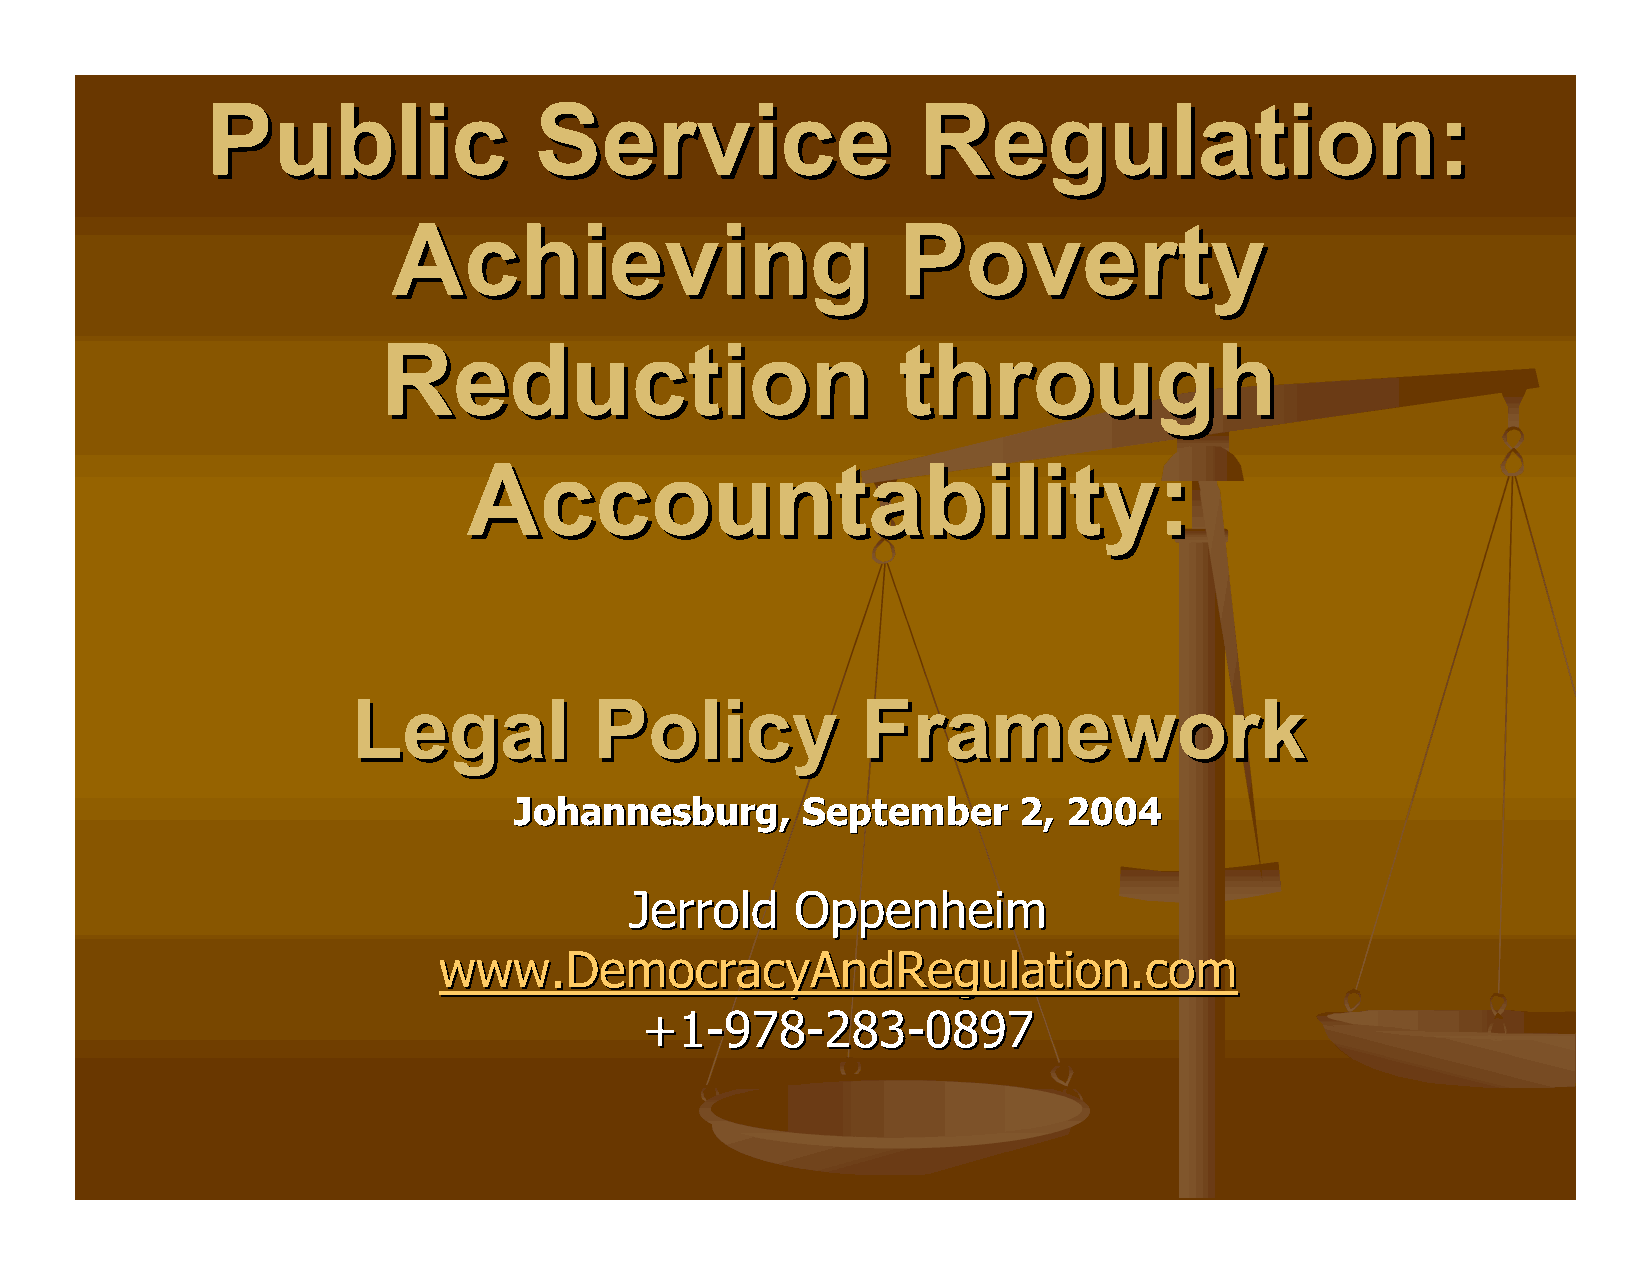
PPuubblliicc         SSeerrvviiccee            RReegguullaattiioonn::
 AAcchhiieevviinngg               PPoovveerrttyy
 RReedduuccttiioonn                tthhrroouugghh
 AAccccoouunnttaabbiilliittyy::
 LLeeggaall      PPoolliiccyy      FFrraammeewwoorrkk
 JJoohhaannnneessbbuurrgg,, SSeepptteemmbbeerr 22,, 22000044
 JJeerrrroolldd OOppppeennhheeiimm
 wwwwww..DDeemmooccrraaccyyAAnnddRReegguullaattiioonn..ccoomm
 ++11--997788--228833--00889977